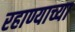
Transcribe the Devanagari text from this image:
रहाण्याच्या